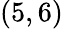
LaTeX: (5,6)